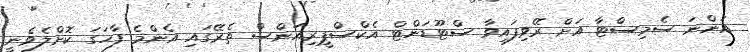
އަންނަ ސެމިސްޓާ އަށް ރޭވިފައިވާ ސްޓޫޑަންޓް އެކްސްޕީރިއަންސް ތެރޭގައި އެންމެ ފާހަގަ ކޮށްލެވެނީ